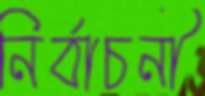
নির্বাচনী